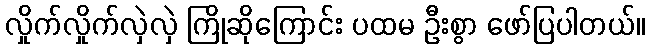
လှိုက်လှိုက်လှဲလှဲ ကြိုဆိုကြောင်း ပထမ ဦးစွာ ဖော်ပြပါတယ်။